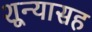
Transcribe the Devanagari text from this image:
शून्यासह